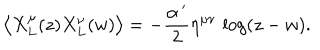
LaTeX: \left\langle X _ { L } ^ { \mu } ( z ) X _ { L } ^ { \nu } ( w ) \right\rangle = - \frac { \alpha ^ { \, \prime } } { 2 } \eta ^ { \mu \nu } \, \log ( z - w ) .